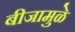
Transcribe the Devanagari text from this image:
बीजामुळे